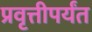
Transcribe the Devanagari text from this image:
प्रवृत्तीपर्यंत